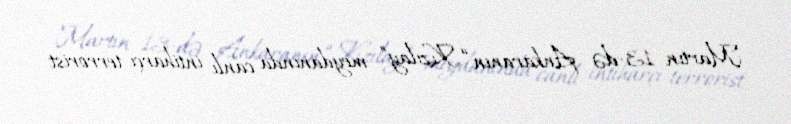
Martın 13-də Ankaranın “Kızılay” meydanında canlı intiharçı-terrorist